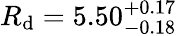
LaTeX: R_{\mathrm{d}}=5.50_{-0.18}^{+0.17}